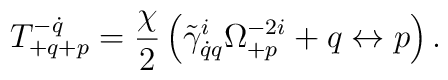
T^{-\dot q}_{+q+p}=\frac{\chi}{2}\left(\tilde\gamma^i_{\dot qq}\Omega^{-2i}_{+p}+q\leftrightarrow p\right).